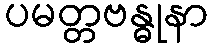
ပမတ္တဗန္ဓုနာ